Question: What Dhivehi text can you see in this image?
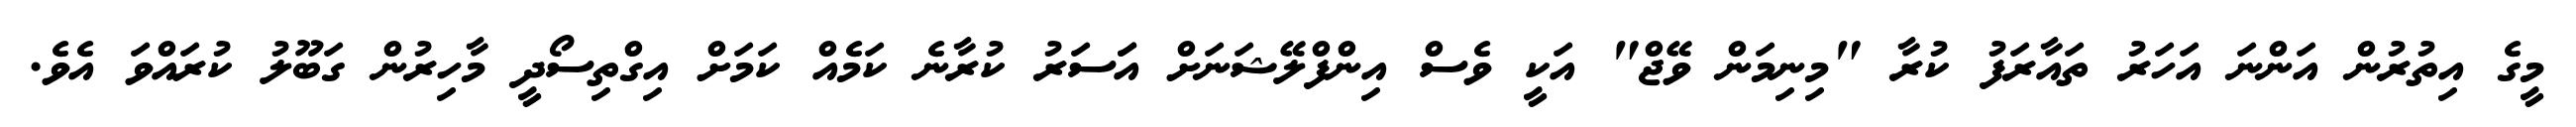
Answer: މީގެ އިތުރުން އަންނަ އަހަރު ތައާރަފު ކުރާ "މިނިމަން ވޭޖް" އަކީ ވެސް އިންފްލޭޝަނަށް އަަސަރު ކުރާނެ ކަމެއް ކަމަށް އިގްތިސޯދީ މާހިރުން ގަބޫލު ކުރައްވަ އެވެ.